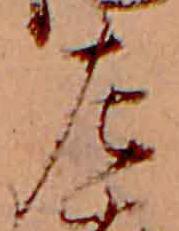
左